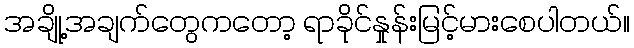
အချို့အချက်တွေကတော့ ရာခိုင်နှုန်းမြင့်မားစေပါတယ်။